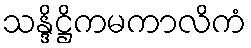
သန္ဒိဋ္ဌိကမကာလိကံ